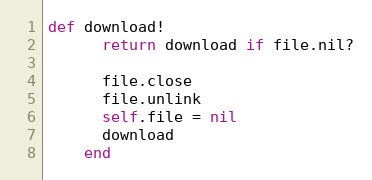
Language: Ruby
def download!
      return download if file.nil?

      file.close
      file.unlink
      self.file = nil
      download
    end